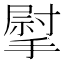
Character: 𢲴